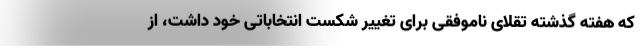
که هفته گذشته تقلای ناموفقی برای تغییر شکست انتخاباتی خود داشت، از